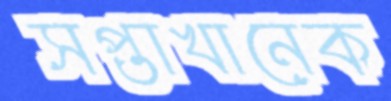
সপ্তাখানেক